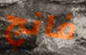
فانج